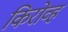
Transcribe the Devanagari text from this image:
किरोव्ह